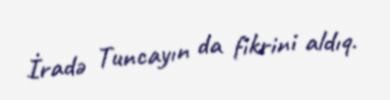
İradə Tuncayın da fikrini aldıq.